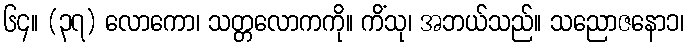
၆၄။ (၃၇) လောကော၊ သတ္တလောကကို။ ကိံသု၊ အဘယ်သည်။ သညောဇနော၁၊